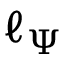
\ell _ { \Psi }